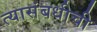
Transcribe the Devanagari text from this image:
त्यासंबधीची